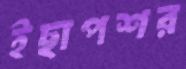
ইছাপশর